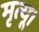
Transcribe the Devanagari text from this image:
मृत्यू।